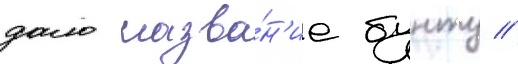
дало назва́н'ие бунту //